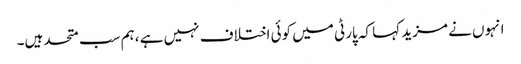
انہوں نے مزید کہا کہ پارٹی میں کوئی اختلاف نہیں ہے ،ہم سب متحد ہیں۔